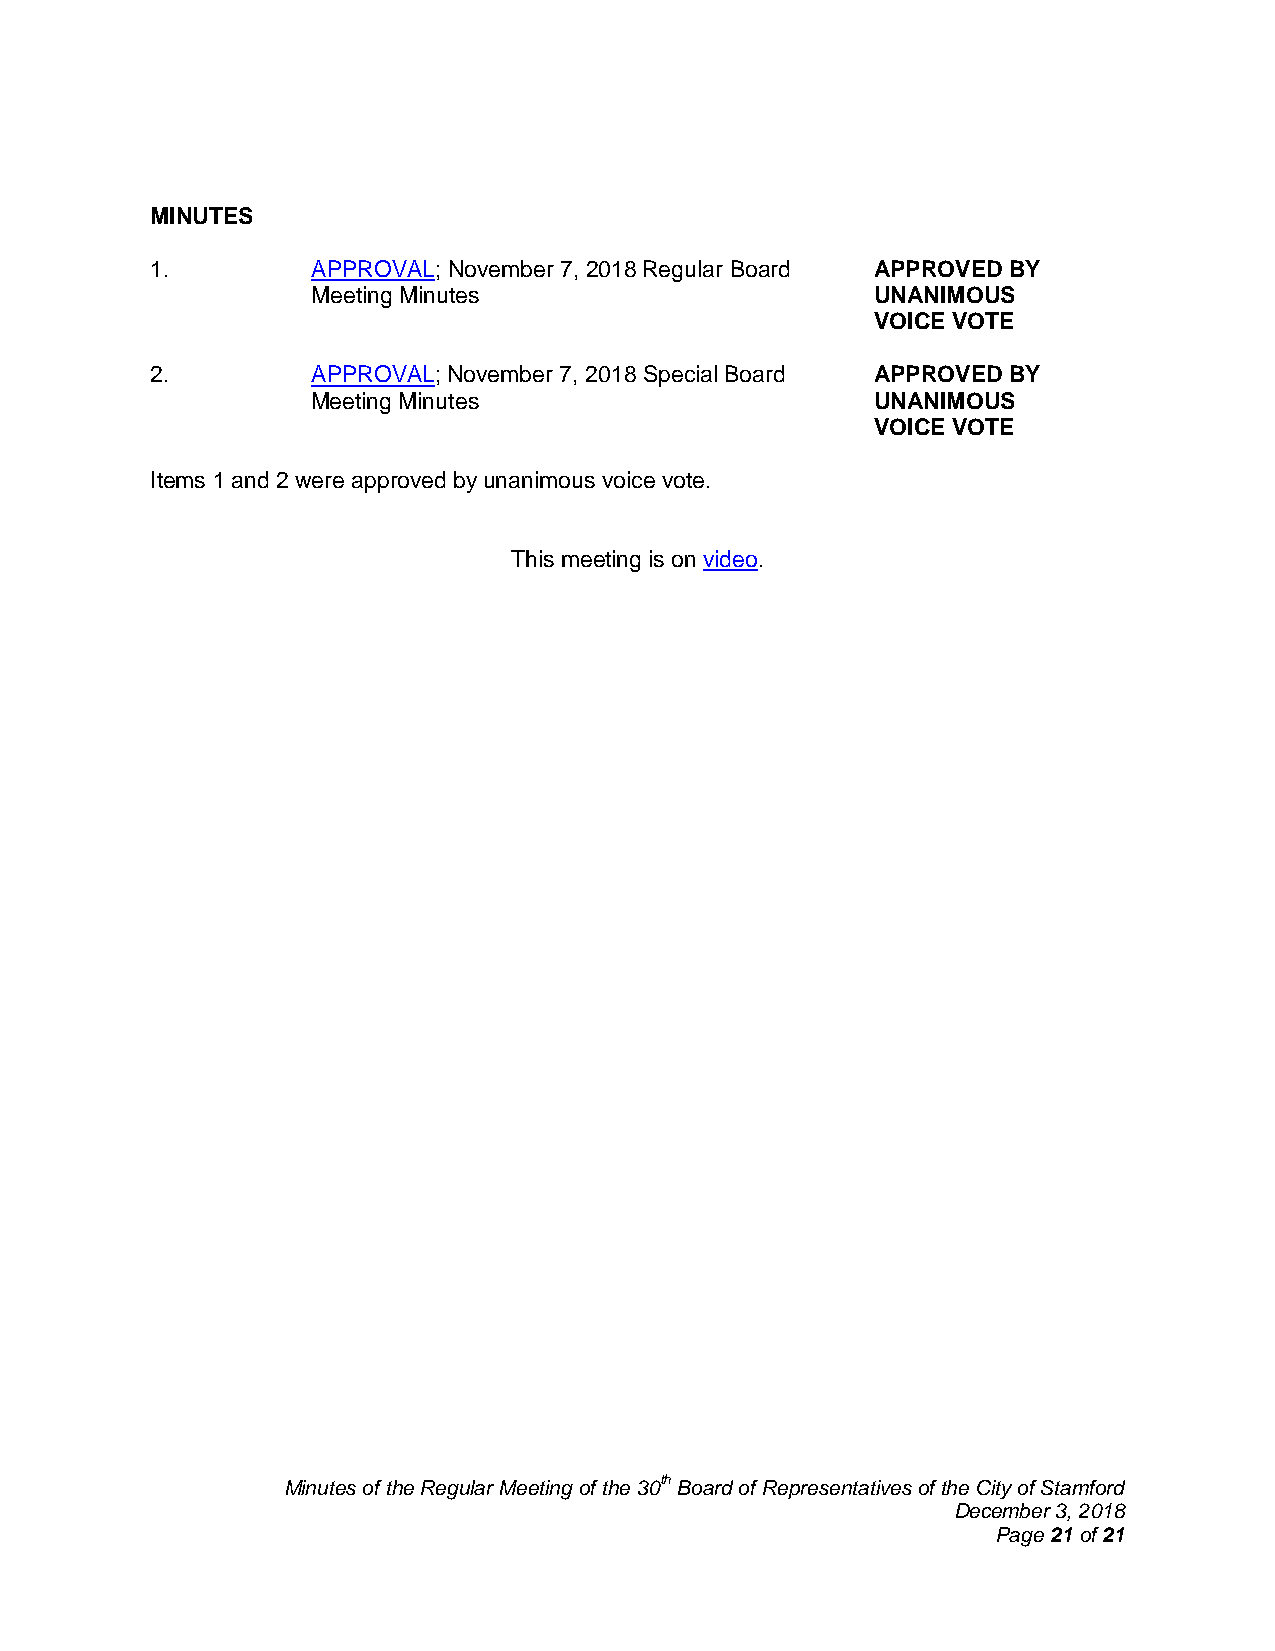
MINUTES
 1.         APPROVAL; November 7, 2018 Regular Board APPROVED BY
 Meeting Minutes                      UNANIMOUS
 VOICE VOTE
 2.         APPROVAL; November 7, 2018 Special Board APPROVED BY
 Meeting Minutes                      UNANIMOUS
 VOICE VOTE
 Items 1 and 2 were approved by unanimous voice vote.
 This meeting is on video.
 Minutes of the Regular Meeting of the 30th Board of Representatives of the City of Stamford
 December 3, 2018
 Page 21 of 21